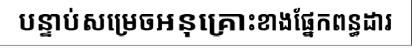
បន្ទាប់សម្រេចអនុគ្រោះខាងផ្នែកពន្ធដារ